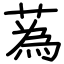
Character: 蒍